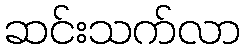
ဆင်းသက်လာ